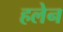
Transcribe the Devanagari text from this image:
हलेन